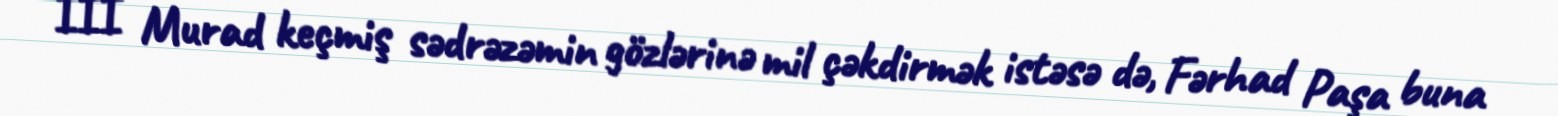
III Murad keçmiş sədrəzəmin gözlərinə mil çəkdirmək istəsə də, Fərhad Paşa buna